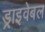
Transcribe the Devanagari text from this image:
ड्राइवेबल